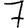
Digit: 7